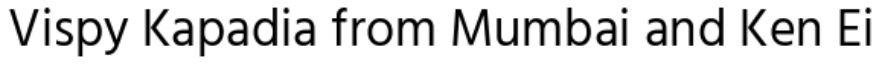
Vispy Kapadia from Mumbai and Ken Ei